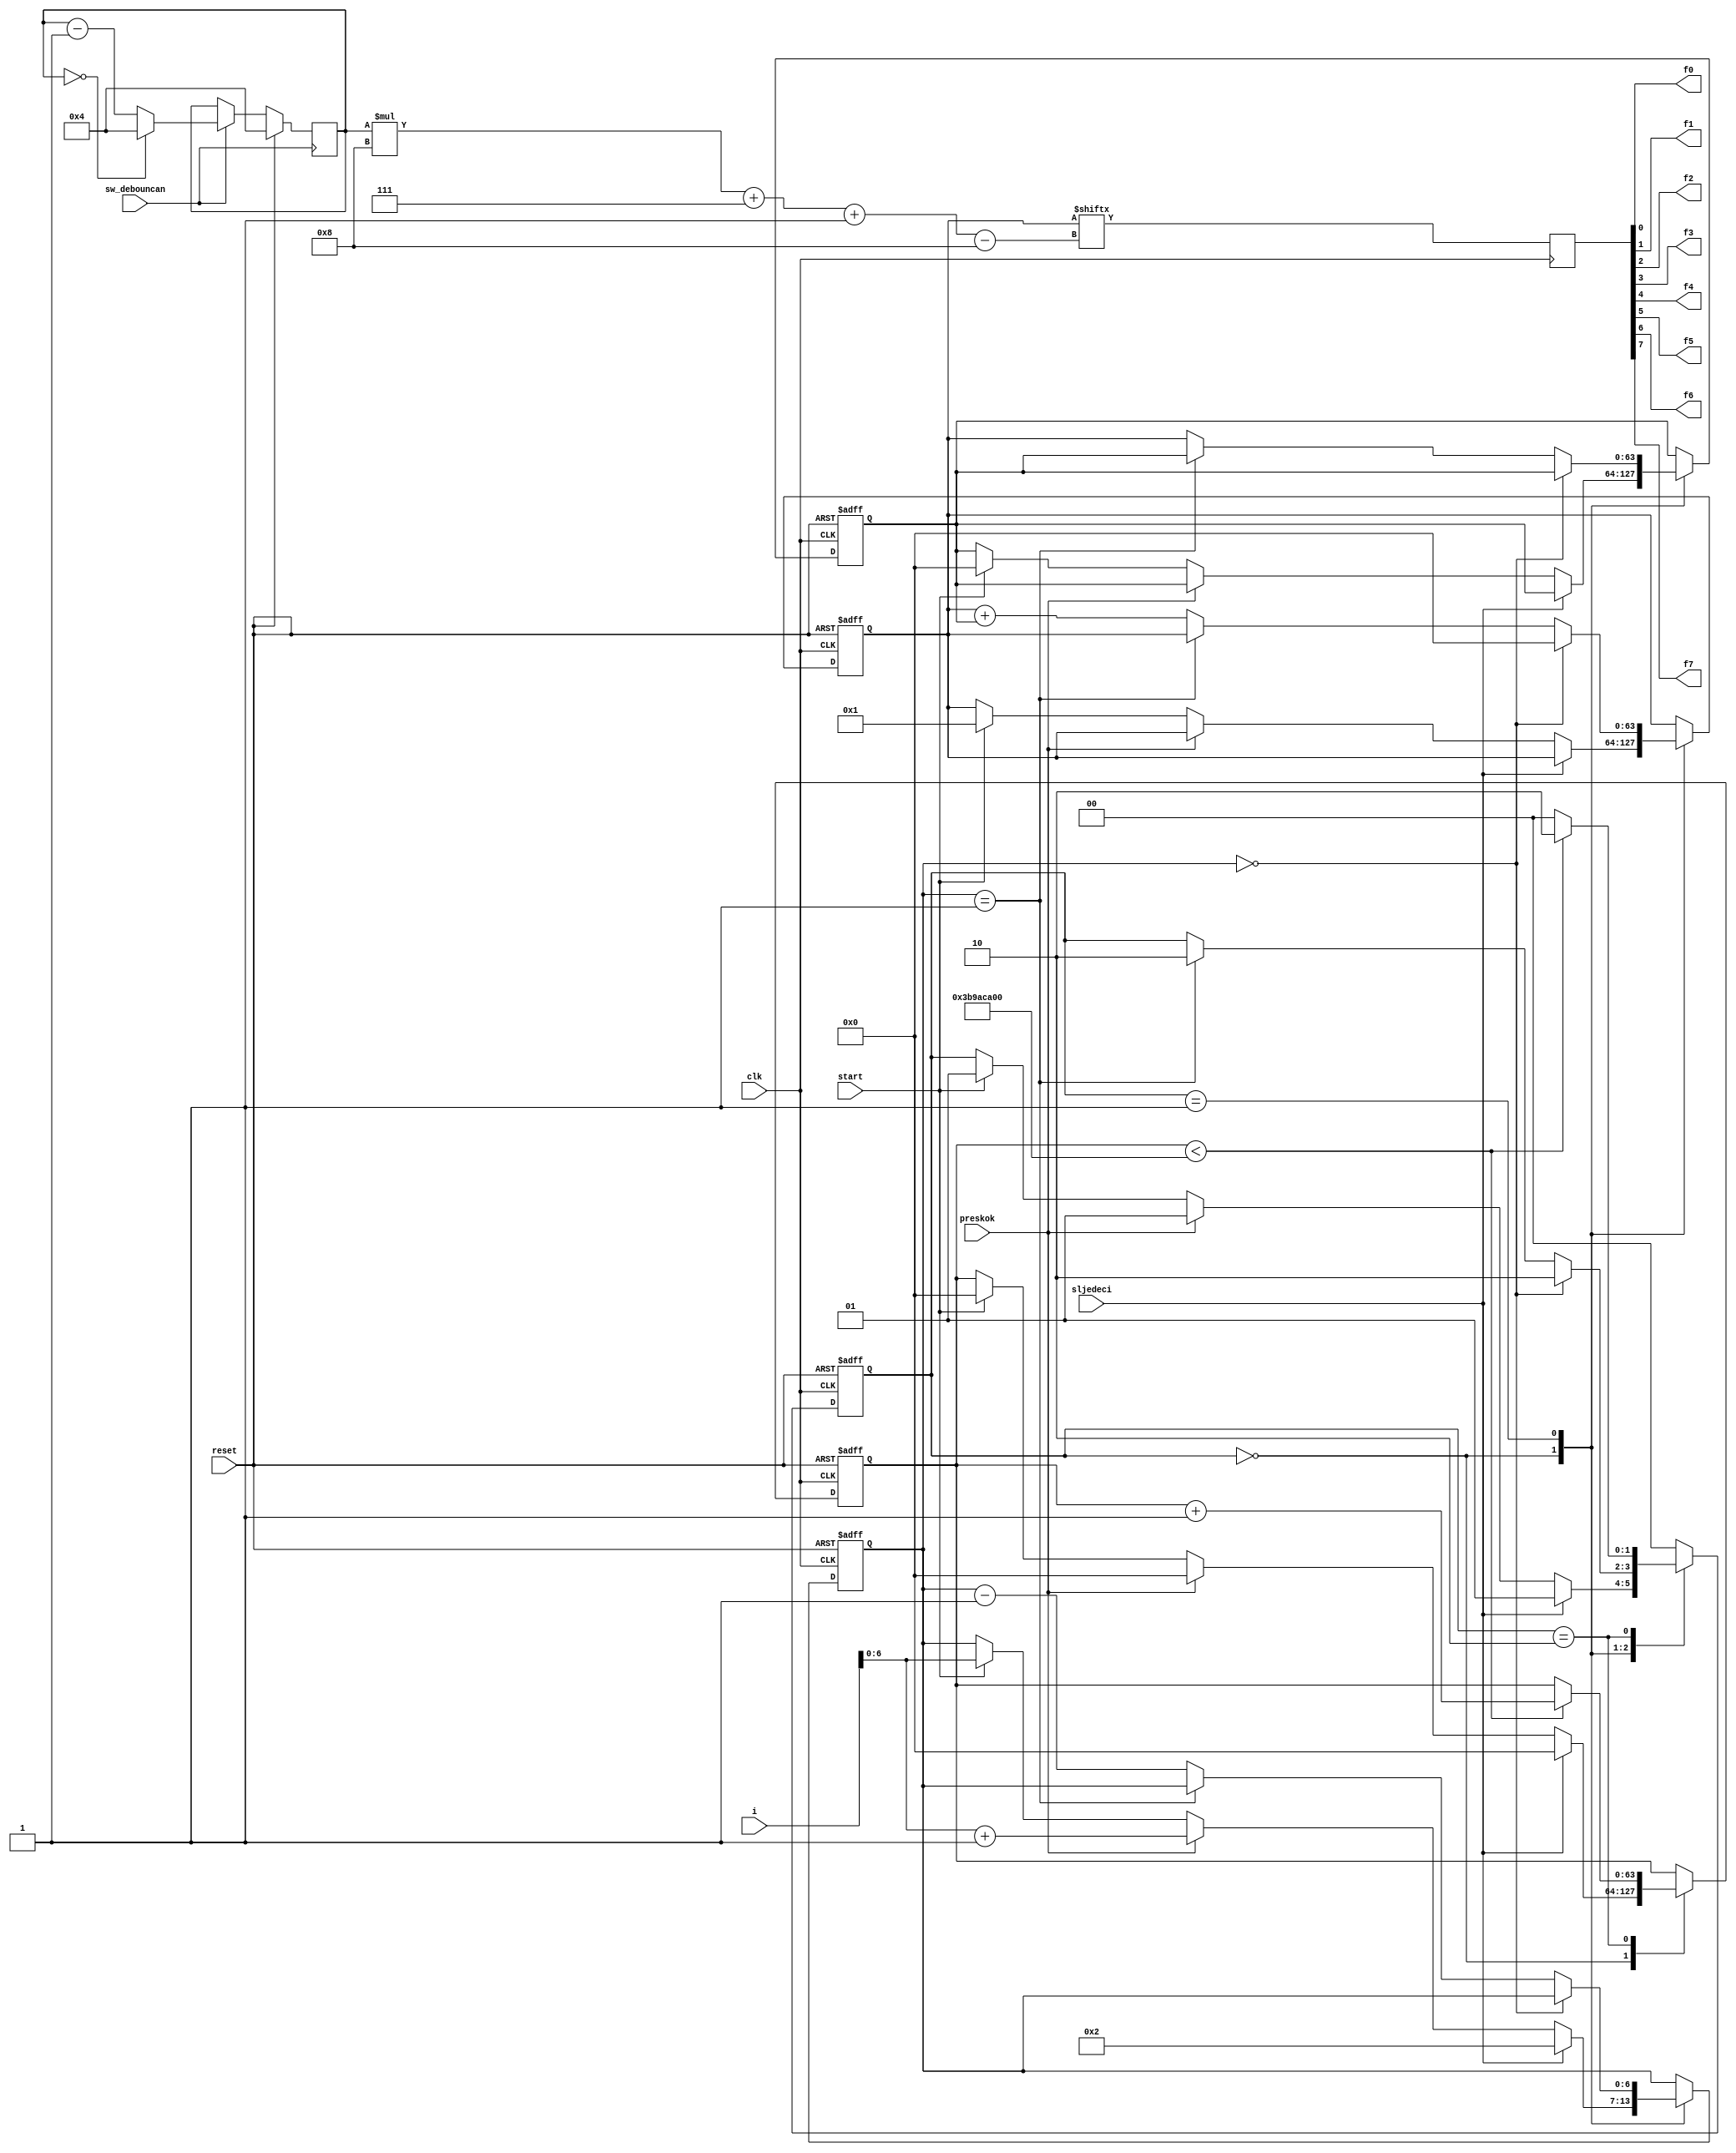
`timescale 1ns / 1ps

//////////////////////////////////////////////////////////////////////////////////

// Company: 

// Engineer: 

// 


// Design Name: 

// Module Name:    fibonacci 

// Project Name: 

// Target Devices: 

// Tool versions: 

// Description: 

//

// Dependencies: 

//

// Revision: 

// Revision 0.01 - File Created

// Additional Comments: 

//

//////////////////////////////////////////////////////////////////////////////////

 module fib

(

   input wire clk, reset,sljedeci,preskok,

	input wire start,sw_debouncan,

   input wire [7:0] i,

  // output reg ready, done_tick,

   output wire  f0,f1,f2,f3,f4,f5,f6,f7

); 

// symbolic state declaration

 localparam [1:0]

   idle = 2'b00,

   op =2'b01,

   done = 2'b10;

// signal declaration

  reg [1:0] state_reg , state_next;

  reg [63:0] t0_reg, t0_next, t1_reg, t1_next;

  reg [6:0] n_reg , n_next;

  reg [63:0] brojac_reg,brojac_next;  

  reg [3:0] brojac_izlaz =4;
  //reg [7:0] reg1, reg2, reg3, reg4,reg5;
  reg ready, done_tick;
  reg [7:0] ledice;


// bod,

// FSMD state & data registers

 always @(posedge clk, posedge reset )
 begin

   if (reset)

     begin

         state_reg<=idle;

         t0_reg <= 0;

         t1_reg <= 0;

			brojac_reg<=0;

         n_reg <= 0;

     end

   else

     begin		  

         state_reg <= state_next ;

         t0_reg <= t0_next;

         t1_reg <= t1_next;

			brojac_reg<=brojac_next;

         n_reg <= n_next;

     end

	 end
	

// FSMD next-state logic

 always @(*)

    begin

         state_next = state_reg;

         ready = 1'b0;

			brojac_next=brojac_reg;

         done_tick = 1'b0;

         t0_next = t0_reg;

         t1_next = t1_reg;

         n_next = n_reg;

			

   case (state_reg)

  idle:

    begin

        ready = 1'b1;

   if (start)

		begin

			t0_next = 0;

			t1_next = 20'd1;

			brojac_next=0;

			n_next = i;

			state_next = op;

    end

	 if(preskok)

	 begin

	 t0_next = t0_reg;

			t1_next = t1_reg;

			brojac_next=0;

			n_next = i+1;

			state_next = op;

	 end
	 
	  if(sljedeci)

	 begin

			t0_next = t0_reg;

			t1_next = t1_reg;

			n_next = 2;

			state_next = op;
			
			brojac_next=0;
	 end
	 
  end
 

  op :

	if (n_reg==0)

		begin

			t1_next = 0;

			state_next = done;

		end

	else if (n_reg==1)

			state_next = done;

	else

		begin

			t1_next = t1_reg + t0_reg;

			t0_next = t1_reg;

			n_next = n_reg-1;

		end



	done :

		begin

			if(brojac_reg<1000000000)

			begin

			done_tick=1'b1;

			brojac_next=brojac_reg+1;

			state_next=done;

			end

			else

			begin

			state_next=idle;

			end

		end		

		default : state_next = idle ;

	endcase

 end

// output

always @(posedge clk)
begin
		ledice <= t1_reg[brojac_izlaz*8+7 -:8];

end

always@(posedge sw_debouncan) begin
	if(reset)
		brojac_izlaz <= 4;
	else begin
	if(sw_debouncan)
		begin
			if(brojac_izlaz==0)
				brojac_izlaz <= 4;
			else
				brojac_izlaz <= brojac_izlaz-1;
		end
	end
end

assign f0 = ledice[0];
assign f1 = ledice[1];
assign f2 = ledice[2];
assign f3 = ledice[3];
assign f4 = ledice[4];
assign f5 = ledice[5];
assign f6 = ledice[6];
assign f7 = ledice[7];


/*always @(posedge clk)
	begin
		case(brojac_izlaz)
				1:begin
						f0<=reg1[0];
						f1<=reg1[1];
						f2<=reg1[2];
						f3<=reg1[3];
						f4<=reg1[4];
						f5<=reg1[5];
						f6<=reg1[6];
						f7<=reg1[7];
					end
				2: begin
						f0<=reg2[0];
						f1<=reg2[1];
						f2<=reg2[2];
						f3<=reg2[3];
						f4<=reg2[4];
						f5<=reg2[5];
						f6<=reg2[6];
						f7<=reg2[7];
						brojac_izlaz=brojac_izlaz-1;
					end
				3: begin
						f0<=reg3[0];
						f1<=reg3[1];
						f2<=reg3[2];
						f3<=reg3[3];
						f4<=reg3[4];
						f5<=reg3[5];
						f6<=reg3[6];
						f7<=reg3[7];
						brojac_izlaz=brojac_izlaz-1;
					end
				4: begin
						f0<=reg4[0];
						f1<=reg4[1];
						f2<=reg4[2];
						f3<=reg4[3];
						f4<=reg4[4];
						f5<=reg4[5];
						f6<=reg4[6];
						f7<=reg4[7];
						brojac_izlaz=brojac_izlaz-1;
					end
				5: begin
						f0<=reg5[0];
						f1<=reg5[1];
						f2<=reg5[2];
						f3<=reg5[3];
						f4<=reg5[4];
						f5<=reg5[5];
						f6<=reg5[6];
						f7<=reg5[7];
						brojac_izlaz=brojac_izlaz-1;
					end
			endcase
		
		
	end*/

endmodule